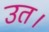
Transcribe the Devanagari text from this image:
उत।